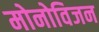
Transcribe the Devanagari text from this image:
मोनोविजन